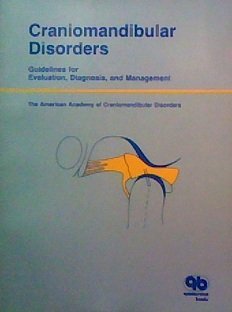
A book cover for Craniomandibular Disorders: Guidelines for Evaluation, Diagnosis, and Management; American Academy of Craniomandibular Disorders; Medical Books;